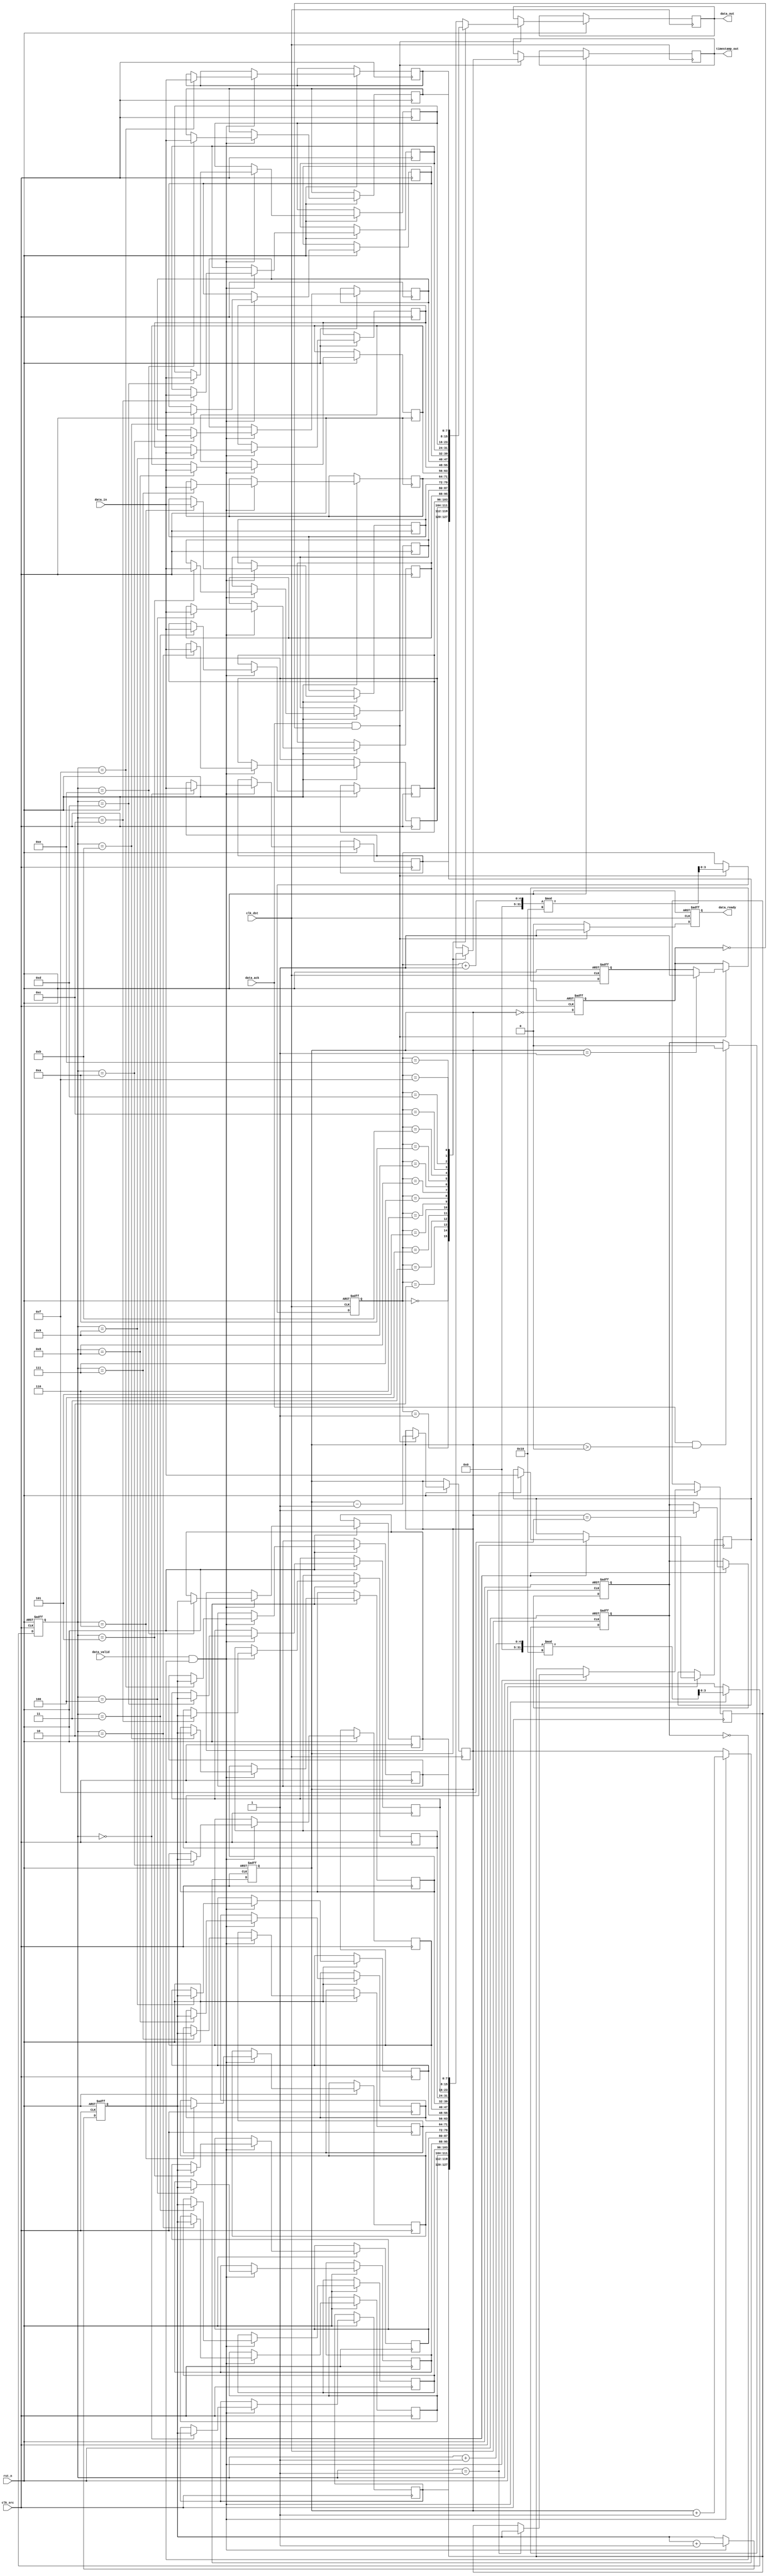
module time_stamped_synchronizer #(
    parameter DATA_WIDTH = 8,
    parameter TIMESTAMP_WIDTH = 8,
    parameter FIFO_DEPTH = 16
)(
    input wire clk_src,                       // Source clock
    input wire clk_dst,                       // Destination clock
    input wire rst_n,                         // Active low reset
    input wire [DATA_WIDTH-1:0] data_in,     // Data input from source clock domain
    input wire data_valid,                    // Data valid signal from source clock domain
    output reg [DATA_WIDTH-1:0] data_out,    // Data output to destination clock domain
    output reg [TIMESTAMP_WIDTH-1:0] timestamp_out, // Timestamp output
    output reg data_ready,                    // Data ready signal for destination clock domain
    input wire data_ack                       // Acknowledgment signal from destination clock domain
);

    // FIFO buffer implementation
    reg [DATA_WIDTH-1:0] fifo_data [0:FIFO_DEPTH-1];
    reg [TIMESTAMP_WIDTH-1:0] fifo_timestamp [0:FIFO_DEPTH-1];
    reg [3:0] wr_ptr, rd_ptr, fifo_count;
    reg [TIMESTAMP_WIDTH-1:0] timestamp_counter;

    // Handshaking signals
    reg fifo_full, fifo_empty;

    // Write logic in source clock domain
    always @(posedge clk_src or negedge rst_n) begin
        if (!rst_n) begin
            wr_ptr <= 0;
            fifo_count <= 0;
            timestamp_counter <= 0;
            fifo_full <= 0;
        end else if (data_valid && !fifo_full) begin
            fifo_data[wr_ptr] <= data_in;
            fifo_timestamp[wr_ptr] <= timestamp_counter; // Store timestamp
            timestamp_counter <= timestamp_counter + 1; // Increment timestamp
            wr_ptr <= (wr_ptr + 1) % FIFO_DEPTH;
            fifo_count <= fifo_count + 1;
            if (fifo_count == FIFO_DEPTH - 1) begin
                fifo_full <= 1; // FIFO is full
            end
        end
    end

    // Read logic in destination clock domain
    always @(posedge clk_dst or negedge rst_n) begin
        if (!rst_n) begin
            rd_ptr <= 0;
            data_ready <= 0;
            fifo_empty <= 1;
        end else if (data_ack && !fifo_empty) begin
            data_out <= fifo_data[rd_ptr];
            timestamp_out <= fifo_timestamp[rd_ptr]; // Output timestamp
            rd_ptr <= (rd_ptr + 1) % FIFO_DEPTH;
            fifo_count <= fifo_count - 1;
            if (fifo_count == 1) begin
                fifo_empty <= 1; // FIFO is empty
            end
            data_ready <= 1; // Indicate data is ready to be read
        end else if (data_ready) begin
            data_ready <= 0; // Reset data ready signal after reading
        end
    end

    // Update FIFO empty/full status
    always @(posedge clk_src or negedge rst_n) begin
        if (!rst_n) begin
            fifo_empty <= 1;
        end else begin
            fifo_empty <= (fifo_count == 0);
        end
    end

    // Reset full flag on read
    always @(posedge clk_dst or negedge rst_n) begin
        if (!rst_n) begin
            fifo_full <= 0;
        end else begin
            if (data_ack && fifo_count > 0) begin
                fifo_full <= 0; // Reset full flag when data is acknowledged
            end
        end
    end
endmodule